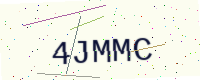
Text: 4JMMC